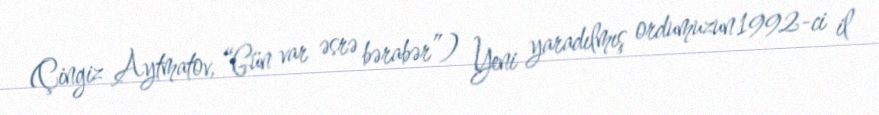
(Çingiz Aytmatov, “Gün var əsrə bərabər”) Yeni yaradılmış ordumuzun 1992-ci il